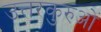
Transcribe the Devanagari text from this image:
उत्तरकुरुओं